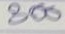
800